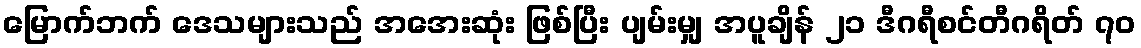
မြောက်ဘက် ဒေသများသည် အအေးဆုံး ဖြစ်ပြီး ပျမ်းမျှ အပူချိန် ၂၁ ဒီဂရီစင်တီဂရိတ် ၇၀